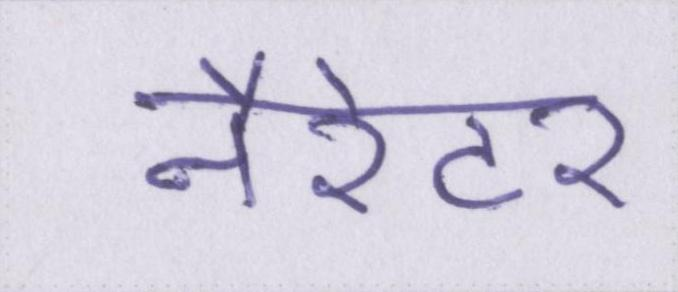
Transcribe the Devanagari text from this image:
नैरेटर